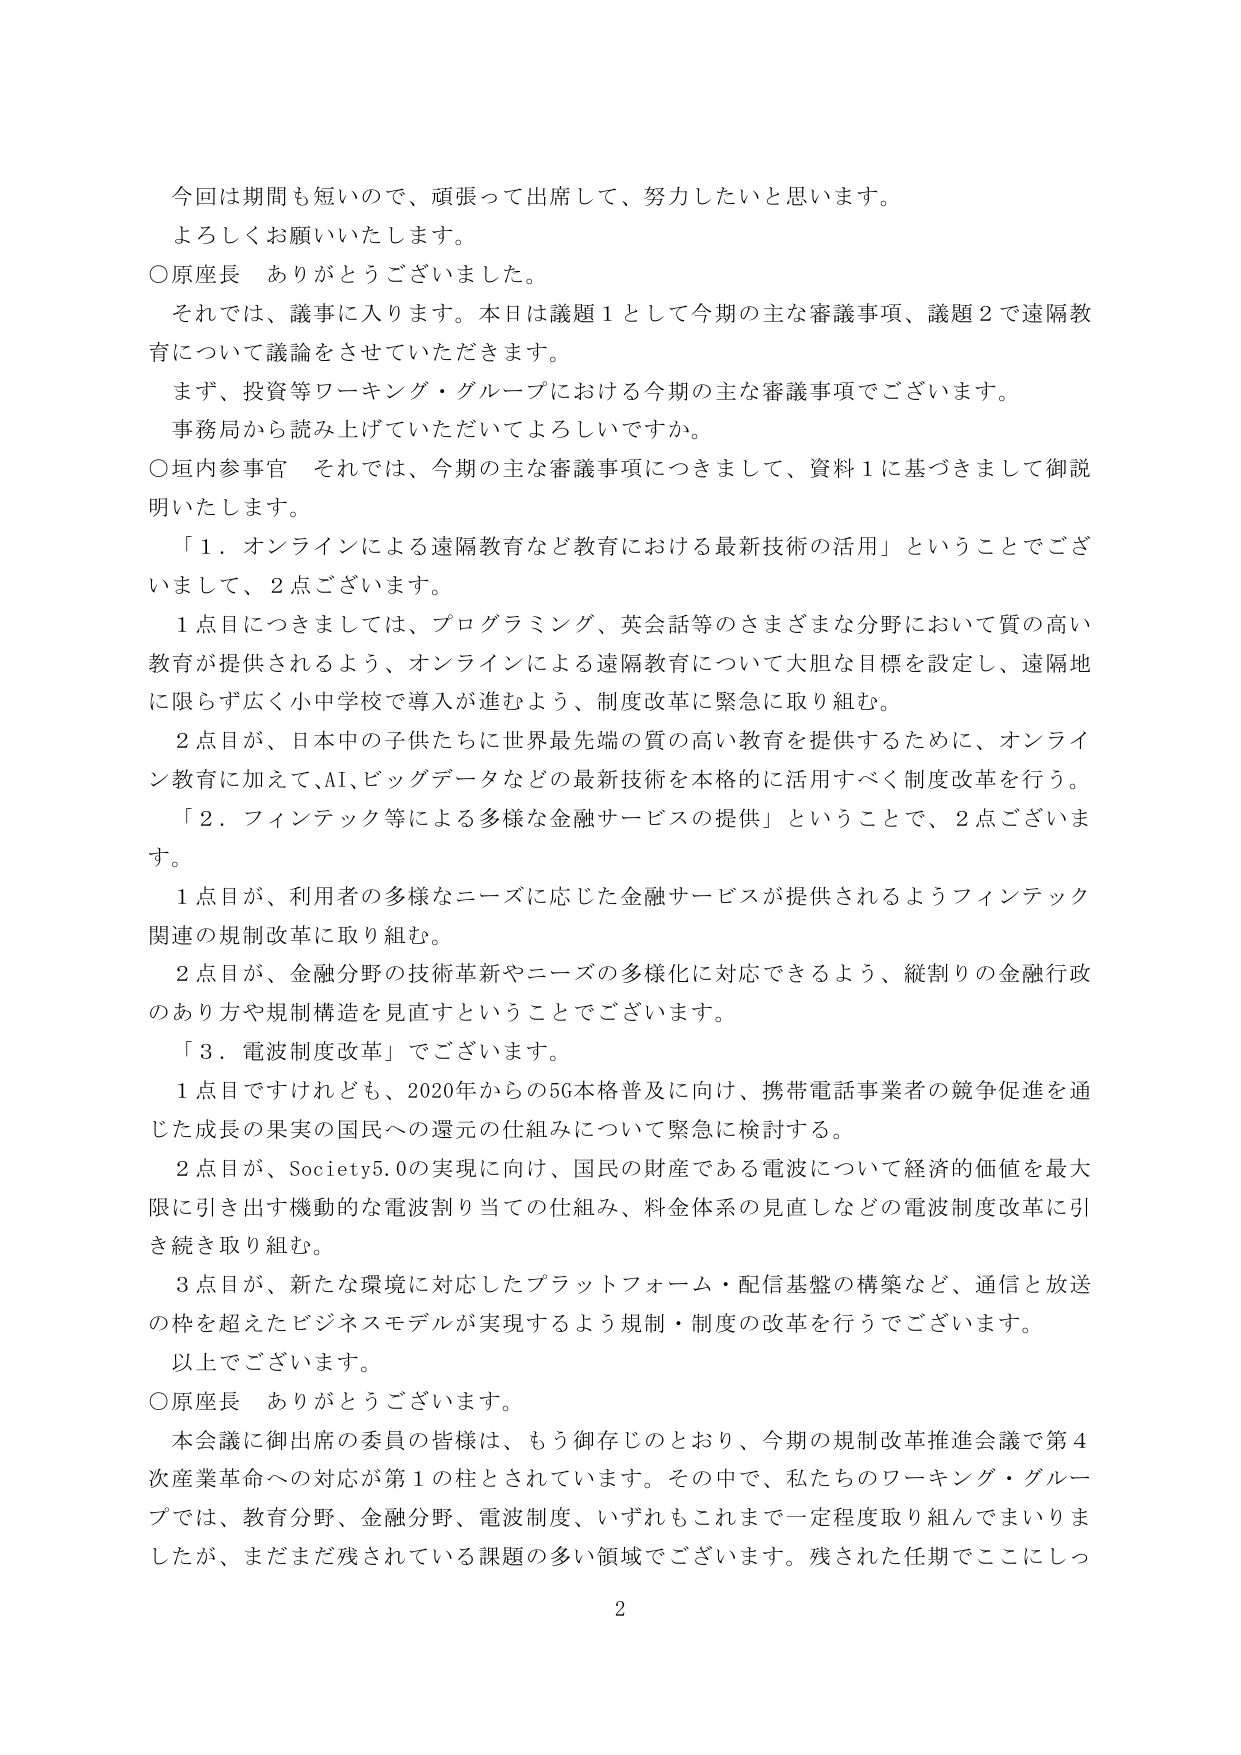
今回は期間も短いので、頑張って出席して、努力したいと思います。
よろしくお願いいたします。
○原座長　ありがとうございました。
それでは、議事に入ります。本日は議題１として今期の主な審議事項、議題２で遠隔教育について議論をさせていただきます。
まず、投資等ワーキング・グループにおける今期の主な審議事項でございます。
事務局から読み上げていただいてよろしいですか。
○垣内参事官　それでは、今期の主な審議事項につきまして、資料１に基づきまして御説明いたします。
「１．オンラインによる遠隔教育など教育における最新技術の活用」ということでございます、２点ございます。
１点目につきましては、プログラミング、英会話等のさまざまな分野において質の高い教育が提供されるよう、オンラインによる遠隔教育について大胆な目標を設定し、遠隔地に限らず広く小中学校で導入が進むよう、制度改革に緊急に取り組む。
２点目が、日本中の子供たちに世界最先端の質の高い教育を提供するために、オンライン教育に加えて、AI、ビッグデータなどの最新技術を本格的に活用すべく制度改革を行う。
「２．フィンテック等による多様な金融サービスの提供」ということで、２点ございます。
１点目が、利用者の多様なニーズに応じた金融サービスが提供されるようフィンテック関連の規制改革に取り組む。
２点目が、金融分野の技術革新やニーズの多様化に対応できるよう、縦割りの金融行政のあり方や規制構造を見直すということでございます。
「３．電波制度改革」でございます。
１点目ですけれども、2020年からの5G本格普及に向け、携帯電話事業者の競争促進を通じた成長の果実の国民への還元の仕組みについて緊急に検討する。
２点目が、Society5.0の実現に向け、国民の財産である電波について経済的価値を最大限に引き出す機動的な電波割り当ての仕組み、料金体系の見直しなどの電波制度改革に引き続き取り組む。
３点目が、新たな環境に対応したプラットフォーム・配信基盤の構築など、通信と放送の枠を超えたビジネスモデルが実現するよう規制・制度の改革を行うでございます。
以上でございます。
○原座長　ありがとうございます。
本会議に御出席の委員の皆様は、もう御存じのとおり、今期の規制改革推進会議で第４次産業革命への対応が第１の柱とされています。その中で、私たちのワーキング・グループでは、教育分野、金融分野、電波制度、いずれもこれまで一定程度取り組んでまいりましたが、まだまだ残されている課題の多い領域でございます。残された任期でここにしっ
2